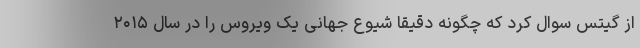
از گیتس سوال کرد که چگونه دقیقاً شیوع جهانی یک ویروس را در سال ۲۰۱۵